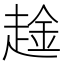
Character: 趛